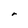
Character: r